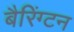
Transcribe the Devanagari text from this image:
बैरिंग्टन